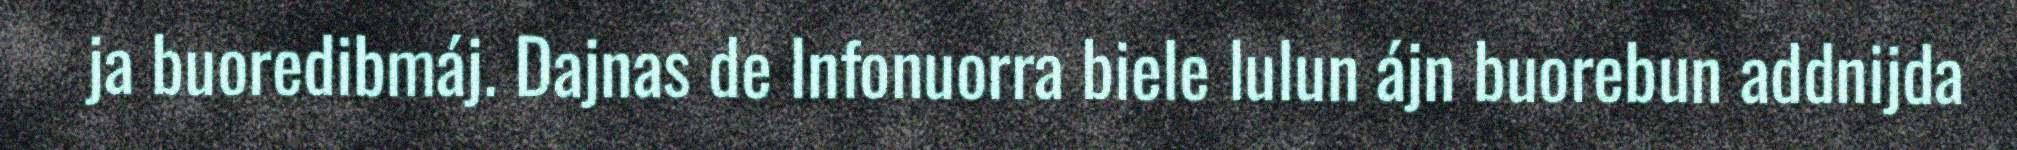
ja buoredibmáj. Dajnas de Infonuorra biele lulun ájn buorebun addnijda